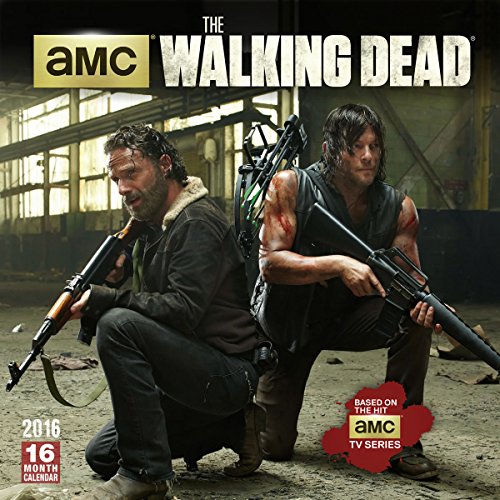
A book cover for Walking Dead 2016 Wall Calendar; Amc; Calendars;